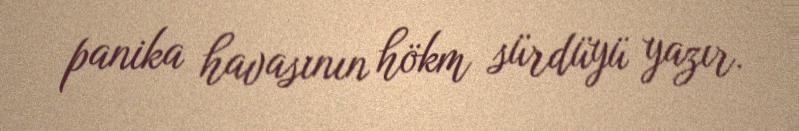
panika havasının hökm sürdüyü yazır.